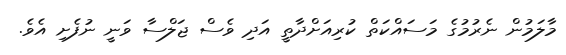
މާލަމުން ނެރުމުގެ މަސައްކަތް ކުރިއަށްދާތީ އަދި ވެސް ޖަލްސާ ވަނީ ނުފެށި އެވެ.